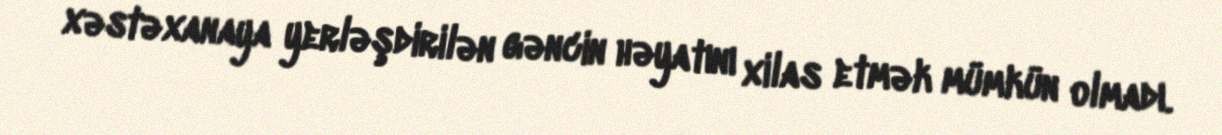
xəstəxanaya yerləşdirilən gəncin həyatını xilas etmək mümkün olmadı.